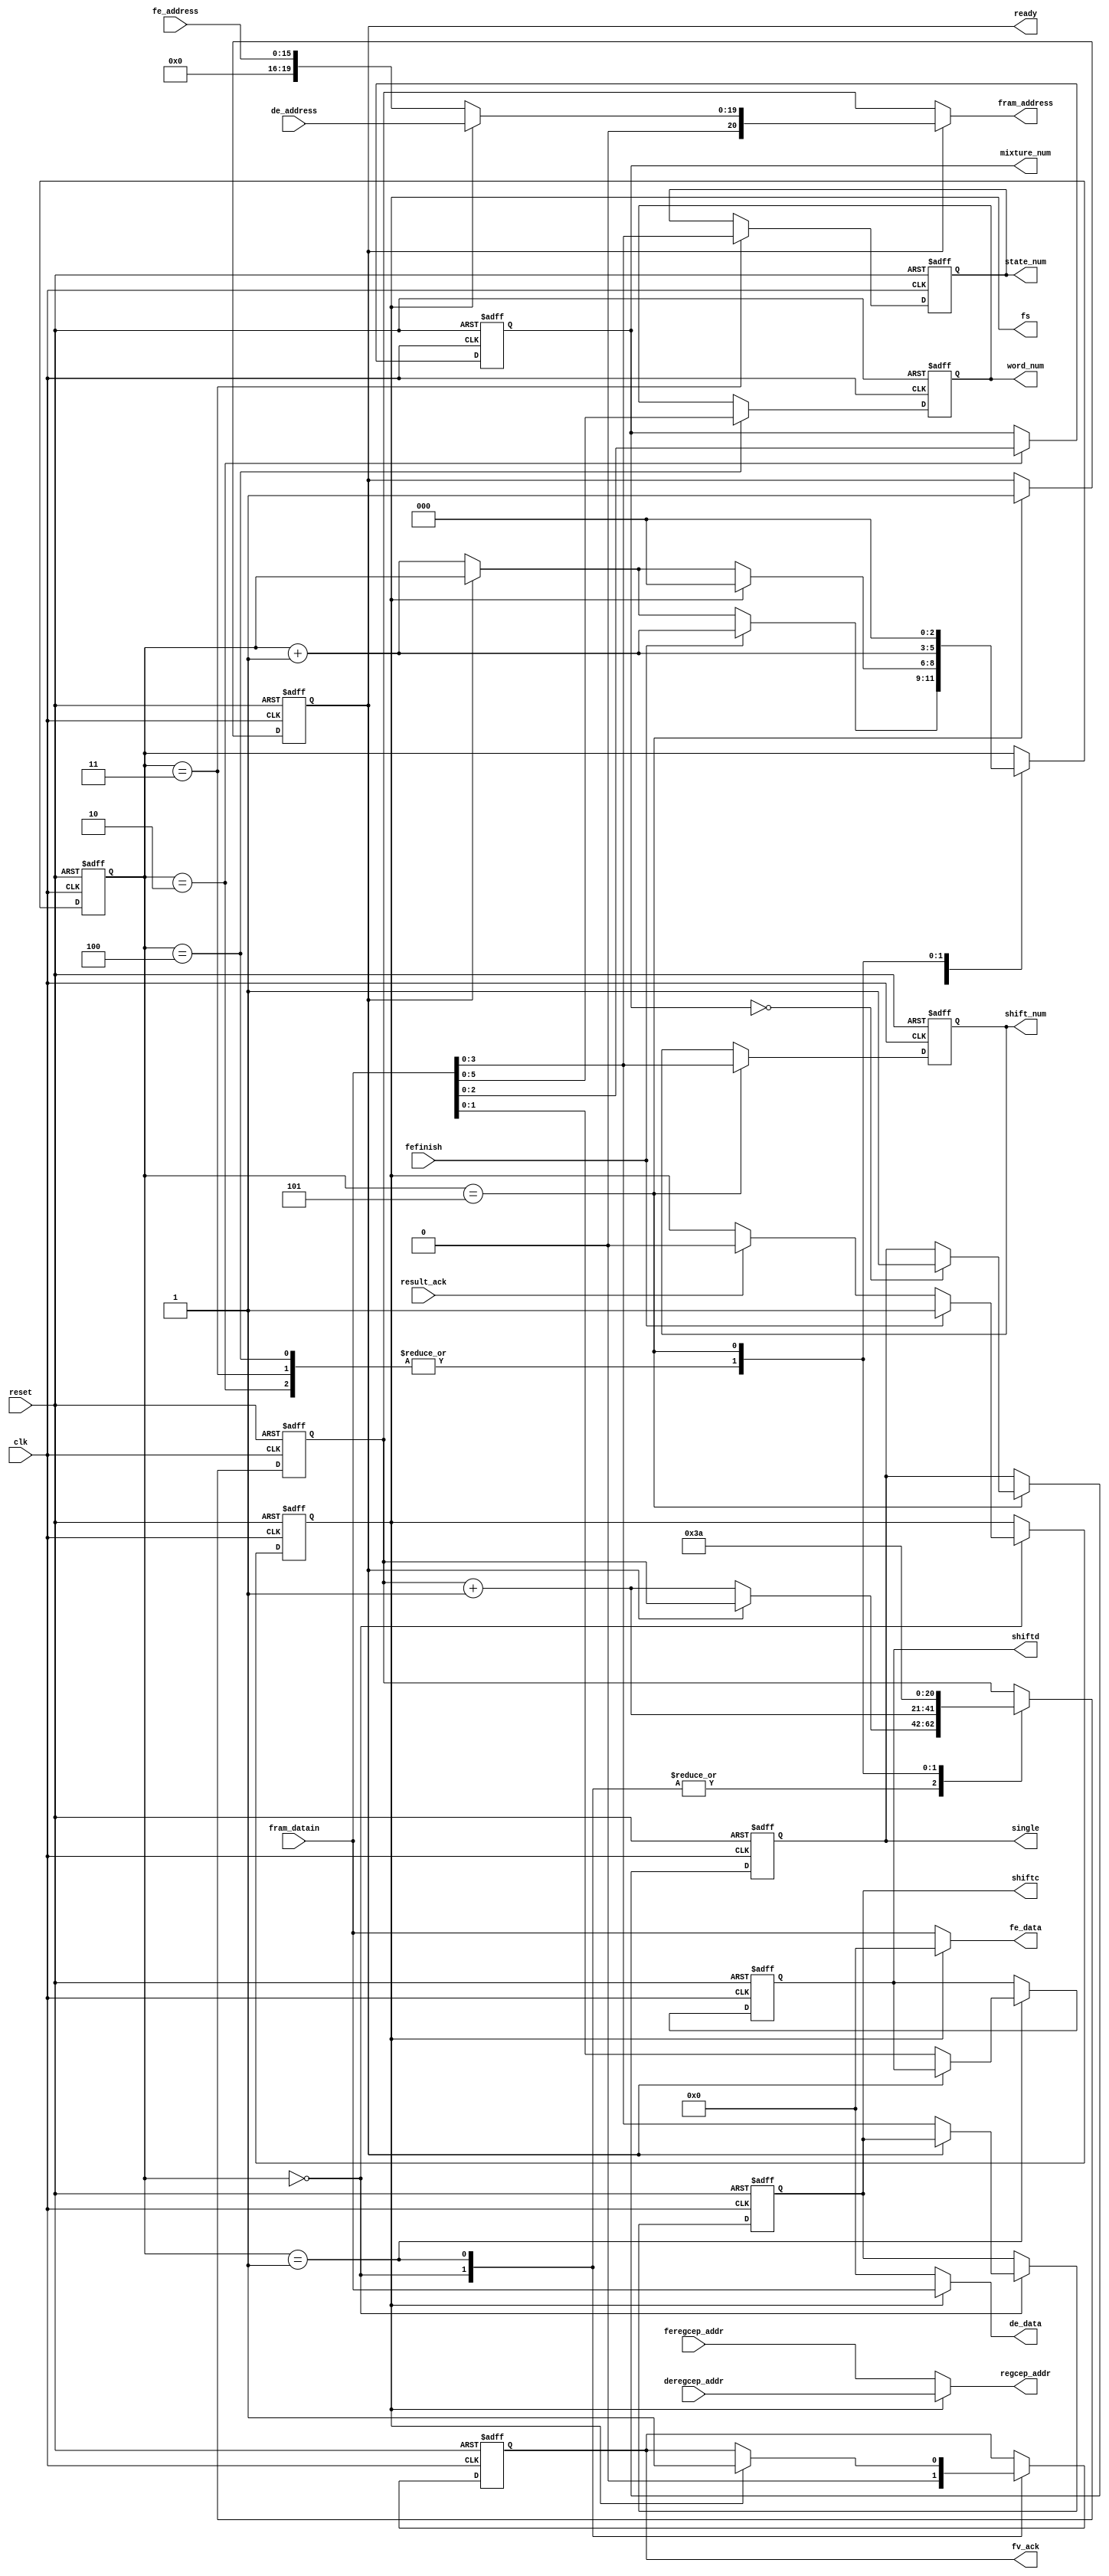
module parain(fram_address,fram_datain,
	fe_address,fe_data,
	de_address,de_data,
	feregcep_addr,deregcep_addr,regcep_addr,
	shiftc,shiftd,
	mixture_num,single,shift_num,
	word_num,state_num,ready,
	result_ack,fefinish,fs,fv_ack,reset,clk);
input [7:0]fram_datain;
input [15:0]fe_address;
input [19:0]de_address;
input [12:0]feregcep_addr,deregcep_addr;
input result_ack,fefinish,reset,clk;

output [20:0]fram_address;
output [7:0]fe_data,de_data;
output [12:0]regcep_addr;
output [3:0]shiftc;
output [1:0]shiftd;
output [3:0]state_num,shift_num;
output [2:0]mixture_num;
output single;
output [5:0]word_num;
output ready;
output fv_ack;
output fs;

reg [3:0]shiftc;
reg [1:0]shiftd;
reg [3:0]state_num,shift_num;
reg [2:0]mixture_num;
reg single;
reg [5:0]word_num;
reg fv_ack;
reg [20:0]para_address;
wire [20:0]tram_address;
reg [2:0]state;
reg ready;
reg fs;//fs=1 when fefinish=1

assign tram_address=(fs)?{1'b0,de_address}:{5'b00000,fe_address};
assign fram_address=(ready)?tram_address:para_address;
assign fe_data=(~fs)?fram_datain:8'b0;
assign de_data=(fs)?fram_datain:8'b0;
assign regcep_addr=(fs)?deregcep_addr:feregcep_addr;

always@(posedge clk or negedge reset)
begin
	if(reset==0)
	begin
		para_address<=58;
		shiftc<=0;
		shiftd<=0;
		mixture_num<=0;
		single<=0;
		shift_num<=0;
		word_num<=0;
		state_num<=0;
		fv_ack<=0;
		state<=0;
		ready<=0;
		fs<=0;
	end
	else
	begin
		case(state)
		0:
		begin
			if(ready==0)
			begin
				shiftc<=fram_datain[3:0];
				para_address<=para_address+1;
				state<=state+1;
			end
			if(result_ack==1)
				fs<=0;
			if(fefinish==1)
			begin
				fs<=1;
				state<=state+1;
			end
			fv_ack<=0;
		end
		1:
		begin
			if(ready==0)
			begin
				shiftd<=fram_datain[1:0];
				para_address<=para_address+1;
				state<=state+1;
			end
			if(fs==1)
			begin
				fv_ack<=1;
				state<=0;
			end
		end
		2:
		begin
			mixture_num<=fram_datain[2:0];
			para_address<=para_address+1;
			state<=state+1;
		end
		3:
		begin
			state_num<=fram_datain[3:0];
			para_address<=para_address+1;
			state<=state+1;
		end
		4:
		begin
			word_num<=fram_datain[5:0];
			para_address<=para_address+1;
			state<=state+1;
		end
		5:
		begin
			shift_num<=fram_datain[3:0];
			para_address<=58;
			if(mixture_num==0)
				single<=1;
				ready<=1;
				state<=0;
		end
		endcase
		end
	end
endmodule